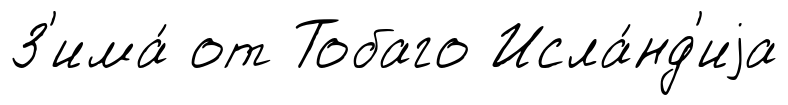
З'има́ от Тобаго Исла́нд'иjа